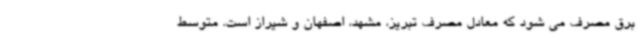
برق مصرف می شود که معادل مصرف تبریز، مشهد، اصفهان و شیراز است. متوسط